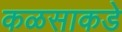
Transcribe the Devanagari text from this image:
कळसाकडे